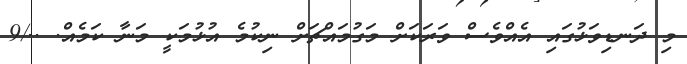
މި ދަނޑިވަޅުގައި އެއްވެސް ވަރަކަށް މަގުމައްޗަށް ނިކުމެ އުޅުމަކީ މަނާ ކަމެއް. ../9